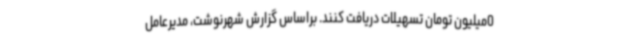
0‌میلیون تومان تسهیلات دریافت کنند. براساس گزارش شهرنوشت، مدیرعامل